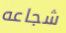
شجاعه